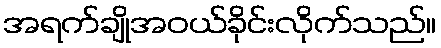
အရက်ချိုအဝယ်ခိုင်းလိုက်သည်။